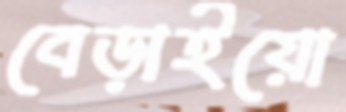
বেড়াইয়ো